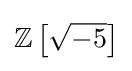
\mathbb {Z} \left[{\sqrt {-5}}\right]